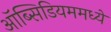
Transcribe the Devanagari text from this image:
ऑब्सिडियममध्ये